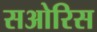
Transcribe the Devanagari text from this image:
सओरिस